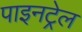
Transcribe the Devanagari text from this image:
पाइनट्रेल